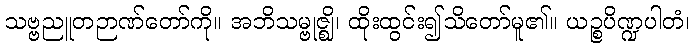
သဗ္ဗညူတဉာဏ်တော်ကို။ အဘိသမ္ဗုဇ္ဈိ၊ ထိုးထွင်း၍သိတော်မူ၏။ ယဉ္စပိဏ္ဍပါတံ၊